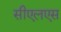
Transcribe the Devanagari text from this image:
सीएलएस